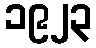
၁၉၂၃